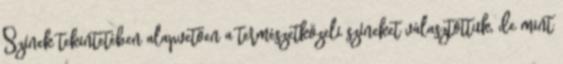
Színek tekintetében alapvetően a természetközeli színeket választottuk, de mint